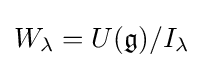
W_{\lambda }=U({\mathfrak {g}})/I_{\lambda }